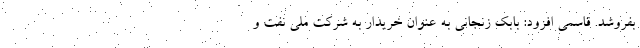
بفروشد. قاسمی افزود: بابک زنجانی به عنوان خریدار به شرکت ملی نفت و